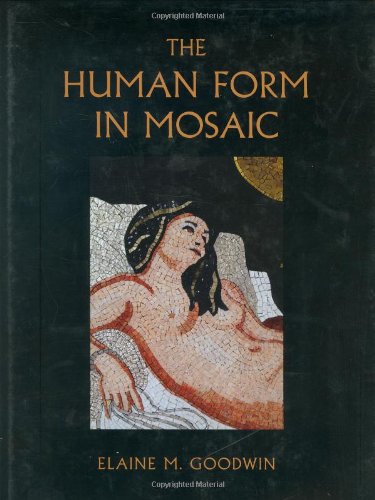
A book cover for The Human Form in Mosaic; Elaine M. Goodwin; Crafts, Hobbies & Home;